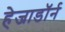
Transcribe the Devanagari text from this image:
हेजाडॉर्न